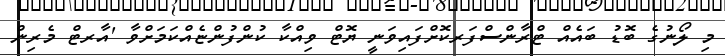
މި ލޯނުގެ ބޮޑު ބައެއް ޓްރާންސްފަރކޮށްފައިވަނީ ޔޮޓް ވިއްކާ ކުންފުންޏެއްކަމަށްވާ 'އާރޓް މެރިން